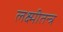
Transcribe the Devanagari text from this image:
लक्ष्मीतन्त्र